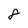
Character: 8